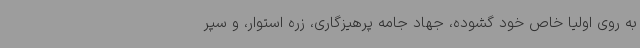
به روی اولیا خاص خود گشوده، جهاد جامه پرهیزگاری، زره استوار، و سپر